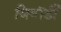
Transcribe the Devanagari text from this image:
जियॉर्डी